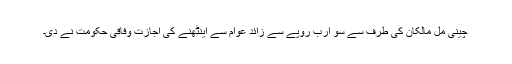
چینی مل مالکان کی طرف سے سو ارب روپے سے زائد عوام سے اینٹھنے کی اجازت وفاقی حکومت نے دی۔